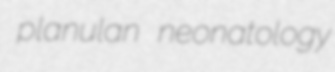
planulan neonatology